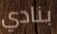
بنادي